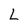
Character: L